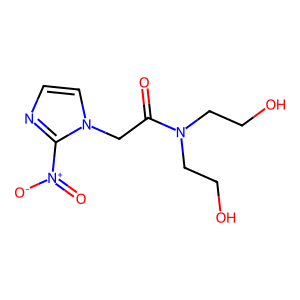
SMILES: O=C(Cn1ccnc1[N+](=O)[O-])N(CCO)CCO
Inhibits HIV replication: No